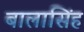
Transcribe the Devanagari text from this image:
बालासिंह